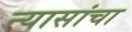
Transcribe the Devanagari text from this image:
न्यासांचा